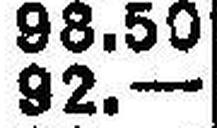
92.—